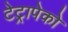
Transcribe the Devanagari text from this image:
टेट्रापेको